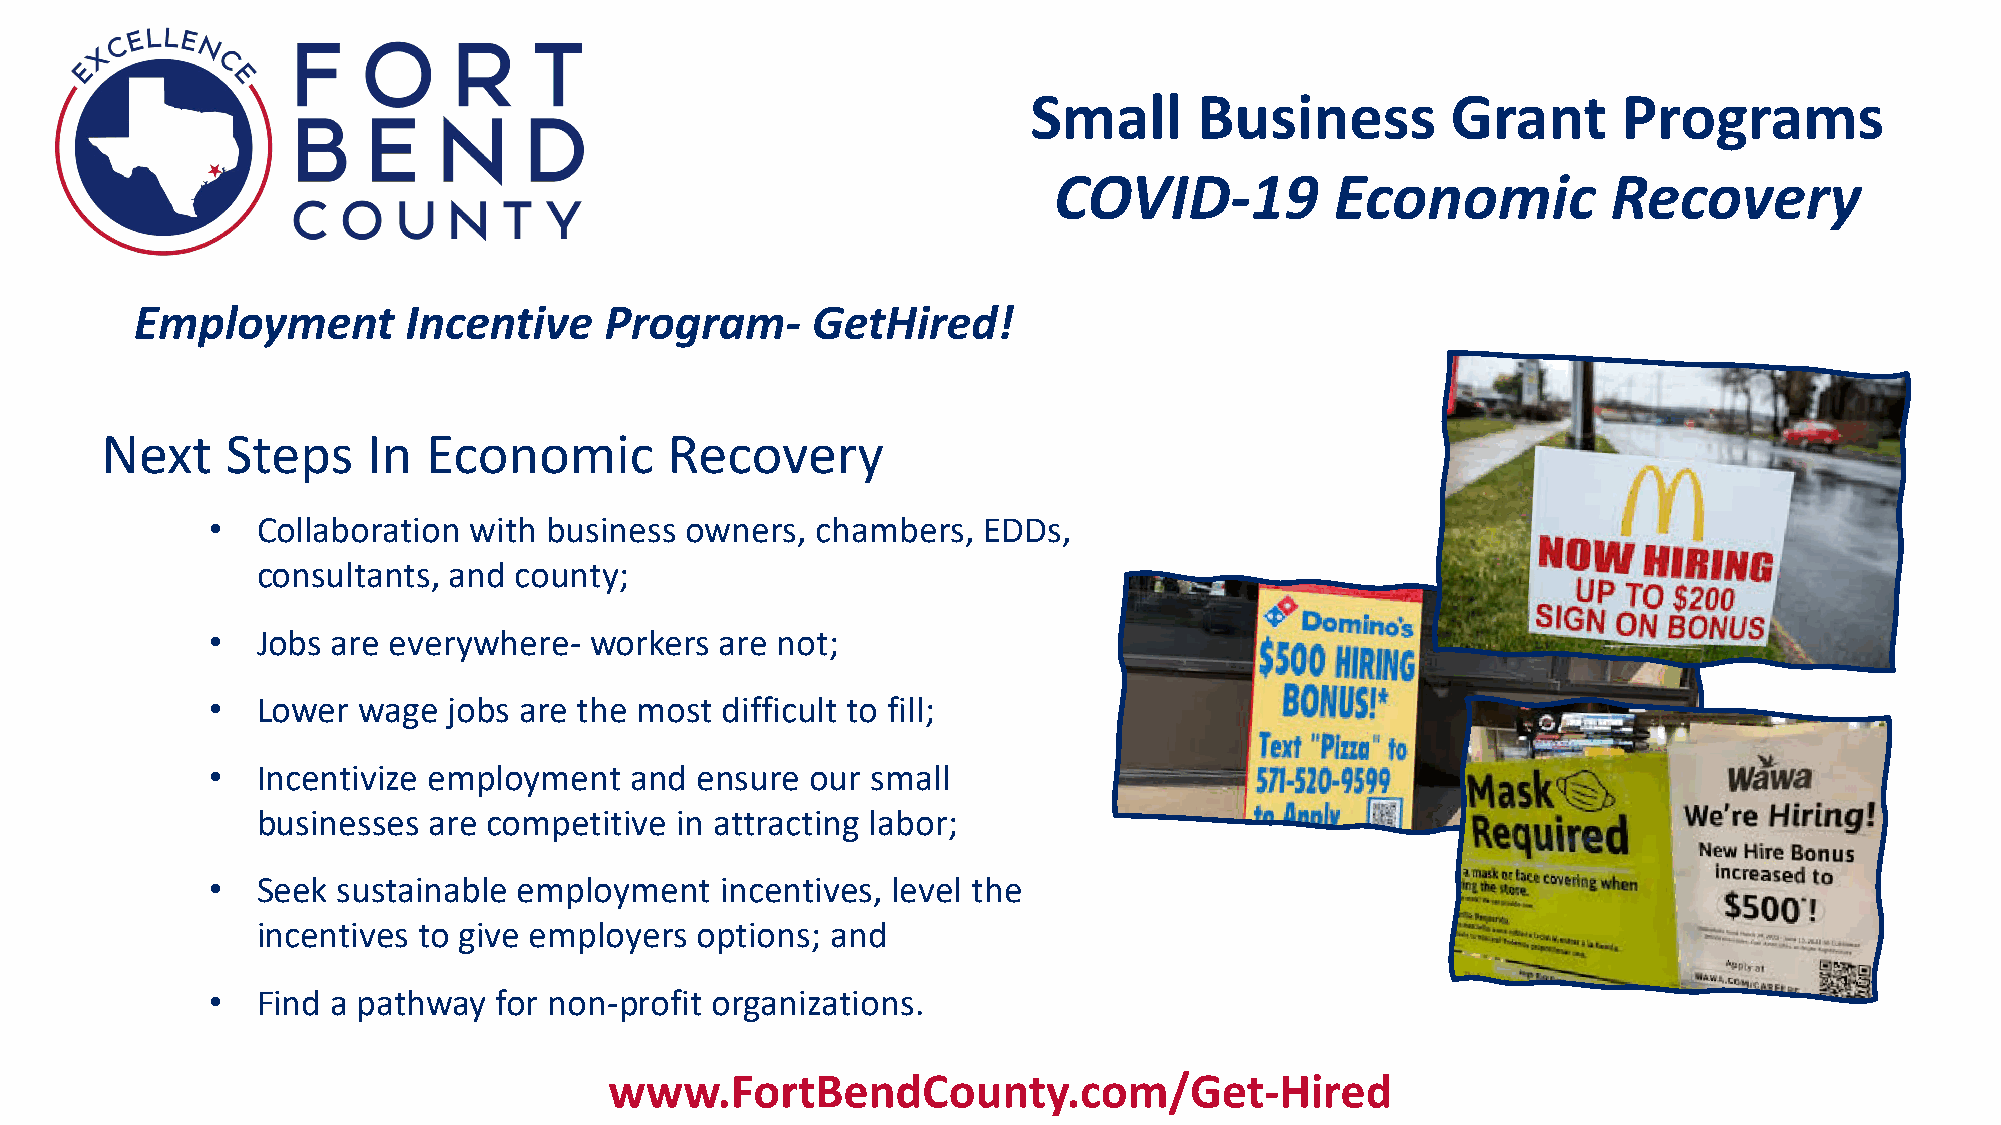
Small      Business         Grant      Programs
 COVID-19          Economic           Recovery
 Employment        Incentive    Program-      GetHired!
 Next    Steps    In  Economic        Recovery
 •  Collaboration with business owners,  chambers,  EDDs,
 consultants, and county;
 •  Jobs are everywhere-  workers  are not;
 •  Lower  wage  jobs are the most difficult to fill;
 •  Incentivize employment   and ensure  our small
 businesses are competitive  in attracting labor;
 •  Seek sustainable employment    incentives, level the
 incentives to give employers options; and
 •  Find a pathway  for non-profit organizations.
 www.FortBendCounty.com/Get-Hired